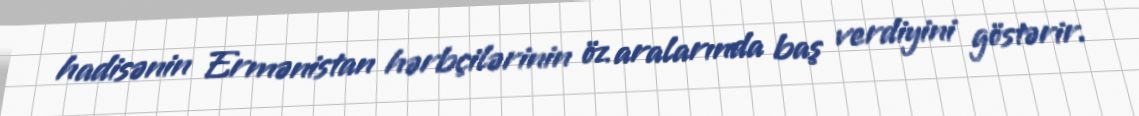
hadisənin Ermənistan hərbçiləri­nin öz aralarında baş verdiyini göstərir.